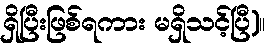
ရှိပြီးဖြစ်ရကား မရှိသင့်ပြီ)။